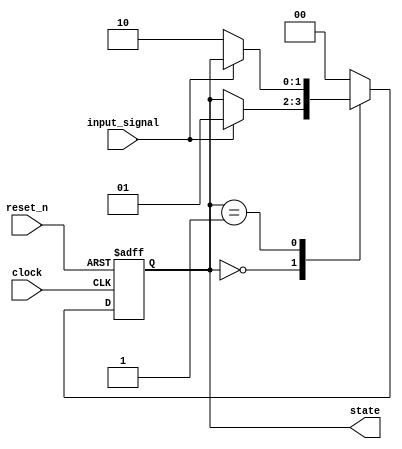
module fsm_example (
    input wire clock,          // Clock input
    input wire reset_n,       // Active-low asynchronous reset
    input wire input_signal,   // Input signal to control state transitions
    output reg [1:0] state    // 2-bit state output
);

    // State encoding
    localparam STATE_A = 2'b00;
    localparam STATE_B = 2'b01;
    localparam STATE_C = 2'b10;

    // Sequential logic block
    always @(posedge clock or negedge reset_n) begin
        if (!reset_n) begin
            // Asynchronous reset
            state <= STATE_A; // Initialize to state A on reset
        end else begin
            // State transition logic
            case (state)
                STATE_A: begin
                    if (input_signal) begin
                        state <= STATE_B; // Transition to state B
                    end
                end
                STATE_B: begin
                    if (!input_signal) begin
                        state <= STATE_C; // Transition to state C
                    end
                end
                STATE_C: begin
                    // Loop back to state A on any condition (e.g., for this example)
                    state <= STATE_A;
                end
                default: begin
                    state <= STATE_A; // Default state
                end
            endcase
        end
    end

endmodule